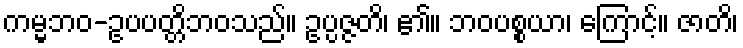
ကမ္မဘဝ-ဥပပတ္တိဘဝသည်။ ဥပ္ပဇ္ဇတိ၊ ၏။ ဘဝပစ္စယာ၊ ကြောင့်။ ဇာတိ၊